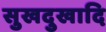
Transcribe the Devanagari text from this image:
सुखदुखादि